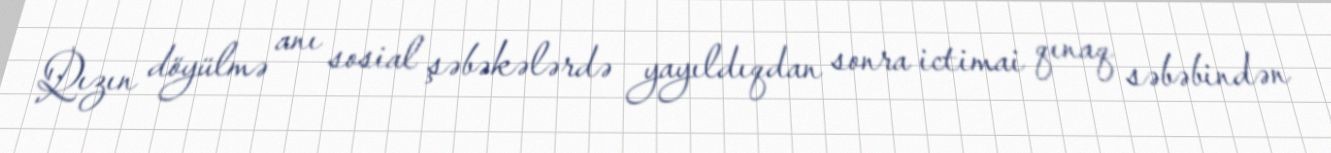
Qızın döyülmə anı sosial şəbəkələrdə yayıldıqdan sonra ictimai qınaq səbəbindən